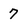
Character: 7